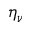
\eta _ { \nu }